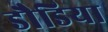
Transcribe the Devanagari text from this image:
डौडिया